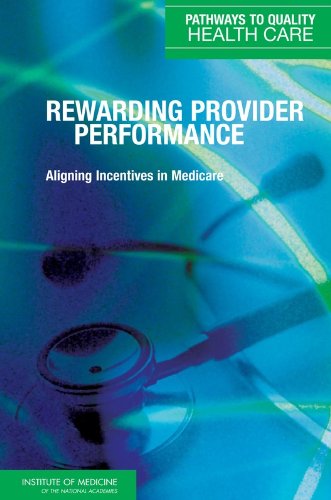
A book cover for Rewarding Provider Performance:: Aligning Incentives in Medicare (Pathways to Quality Health Care Series); Payment, and Performance Improvement Programs Committee on Redesigning Health Insurance Performance Measures; Medical Books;